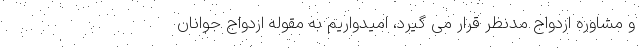
و مشاوره ازدواج مدنظر قرار می گیرد، امیدواریم به مقوله ازدواج جوانان